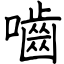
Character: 嚙